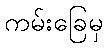
ကမ်းခြေမှ